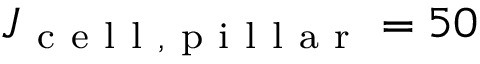
J _ { \mathrm { ~ c ~ e ~ l ~ l ~ , ~ p ~ i ~ l ~ l ~ a ~ r ~ } } = 5 0